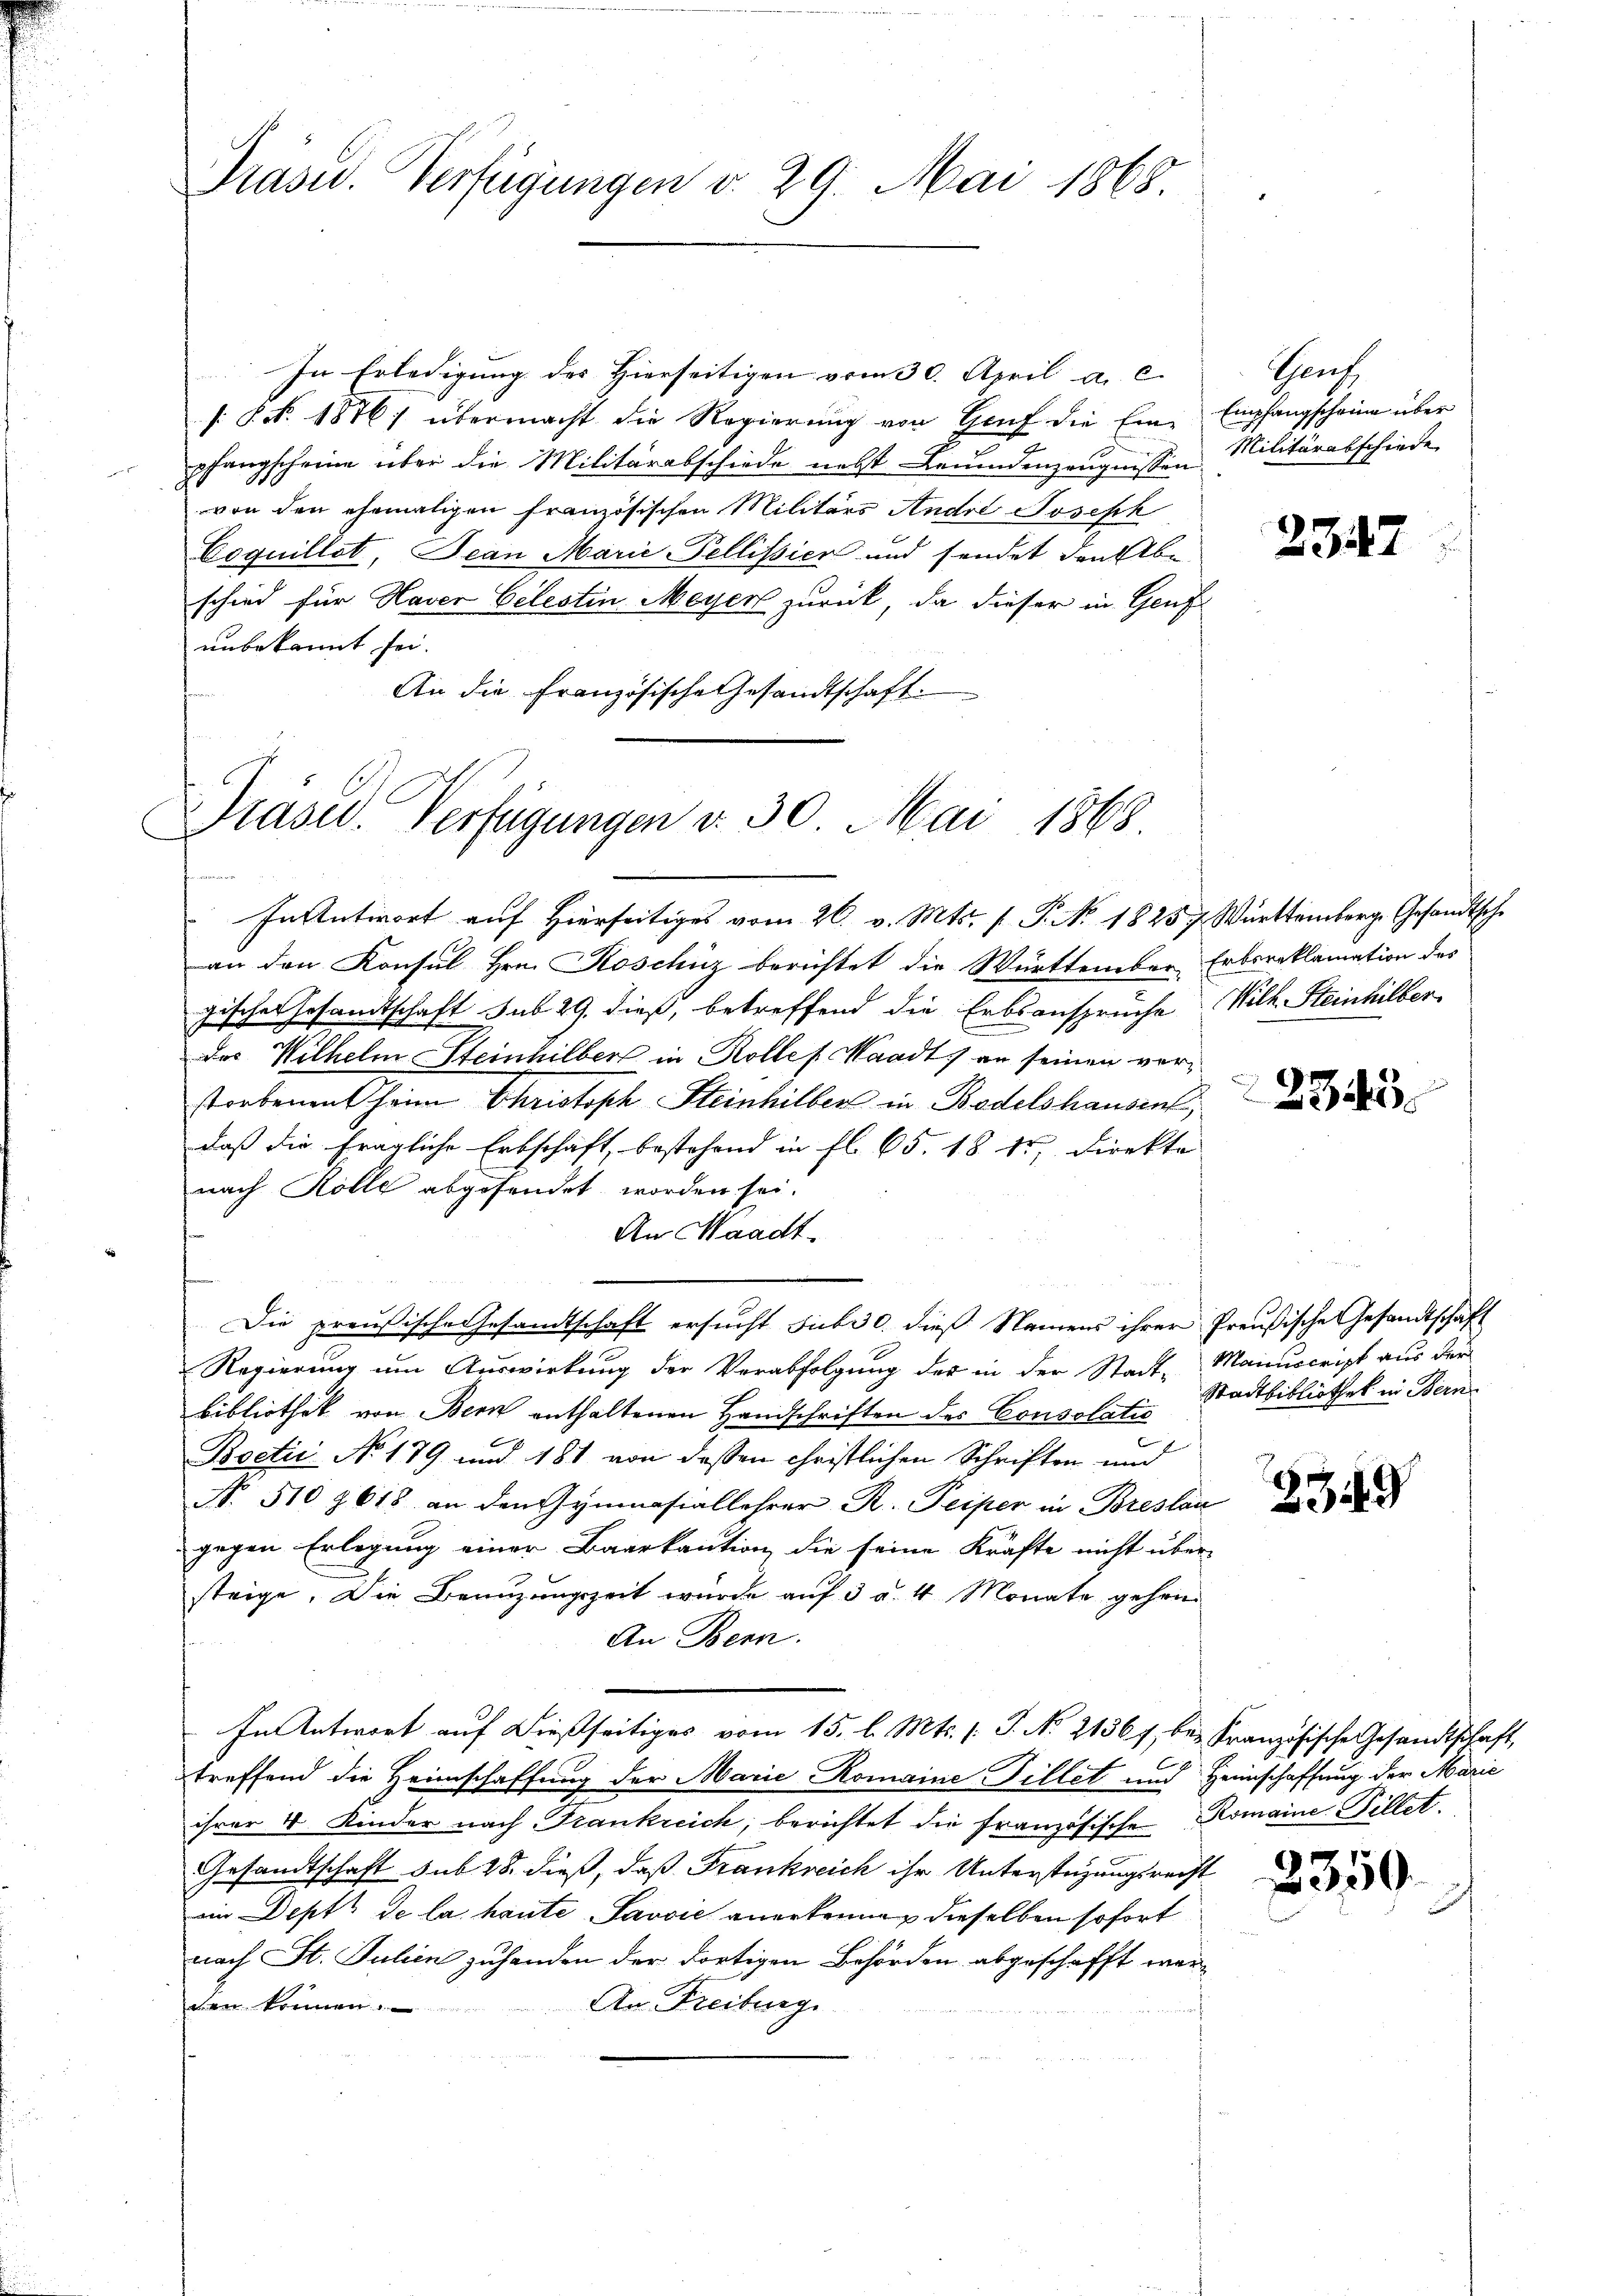
Prasid. Verfügungen v. 29. Mai 1868.

In Erledigung des Hierseitigen vom 30. April a. c.
[§ No. 1876/ übermacht die Regierung von Genf die Ein-
pfangscheine über die Militärabschiede nebst Leumdenzeugnissen
von den ehemaligen französischen Militärs Andre Joseph
Coquillet, Jean Marie-Pellissier und sendet den be
schied für Haver Celestin Meyer zurück, da dieser in Genf
unbekannt sei.
An die Französische Gesandtschaft.

Prasel. Verfügungen v. 30. Mai 1868.

In Antwort auf Hierseitiges vom 26. v. Mts. f. P. No. 18257. Württemberg. Gesandtsche
an den Konsul Hrn. Roschüz berichtet die Württember Erbereklamation des
gischer Gesandtschaft sub 29. dieß, betreffend die Erbsansprüche Wilh. Steinhilber
des Wilhelm Steinhilber in Rolles Waadt an seinen verstorbenen heim Christoph Steinhilber in Bodelshausin,
daß die fragliche Erbschaft, bestehend in fl. 65. 18 15, Direkte |
nach Kolle abgesendet worden sei.
An Waadt.
Die preußische Gesandtschaft ersucht subi o dieß Namens ihrer Preußische Gesandtschaft
Regierung um Auswirkung der Verabfolgung des in der Stadt- Manuscript aus der
bibliothek von Bern enthaltenen Handschriften des Consolatio
Boctii No 179 und 181 von dessen christlichen Schriften und
N. 510 618 an den Gymnasiallehrer R. Peiper in Breslau
gegen Erlegung einer Baerkaution die seine Kräfte nicht über-
steige. Die Benuzungszeit wurde auf 3 u. 4 Monate gehen
An Bern.
In Antwort auf dießseitiges vom 15. l. Mts. (T. No. 2136 f. bei Französische Gesandtschaft,
treffend die Heimschaffung der Marie Romaine Fillet und Heimschaffung der Marie
ihrer 4 Kinder nach Frankreich, berichtet die französische Romaine Pillet
Gesandtschaft sub 28. dieß, daß Frankreich ihr Unterstüzungsrecht
ein Dept de la haute Savvić anerkennen dieselben sofort
nach St. Julien zuhanden der dortigen Behörden abgeschafft wer¬
An Freiburg
cen

Chais
Empfangscheine über
Militärabschiede

2347

2345

Stadtbibliothek in Bern

2549

2350.